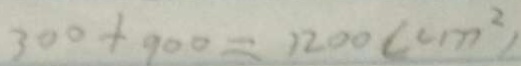
3 0 0 + 9 0 0 = 1 2 0 0 ( c m ^ { 2 } )